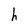
Character: S